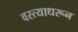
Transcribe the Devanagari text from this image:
वस्त्याधरून